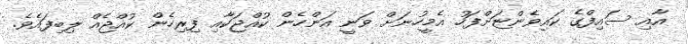
އާއި ސައިފްގެ ކައިވެންޏަށްފަހު އެމީހުނަށް ވަނީ އަންހެން ކުއްޖަކާއި ފިރިހެން ކުއްޖެއް ލިބިފައެވެ.